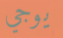
يوجي